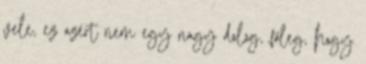
vele, ez azért nem egy nagy dolog, főleg, hogy